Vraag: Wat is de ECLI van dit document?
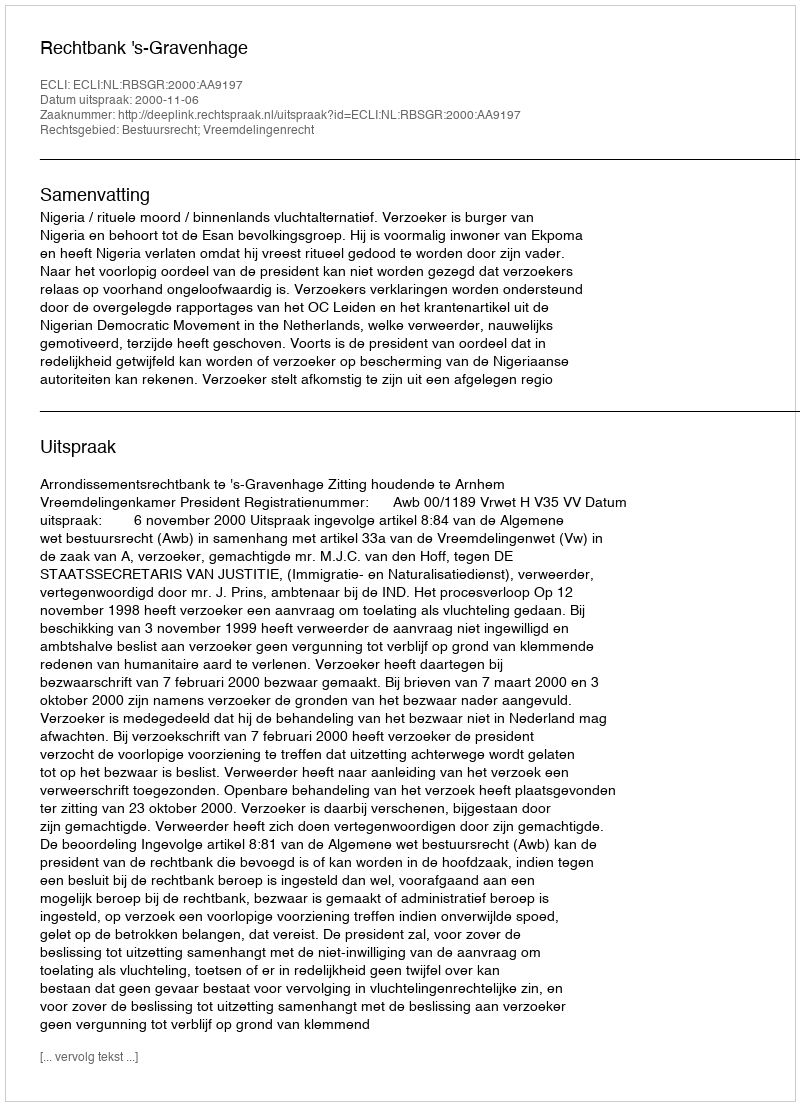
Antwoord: ECLI:NL:RBSGR:2000:AA9197